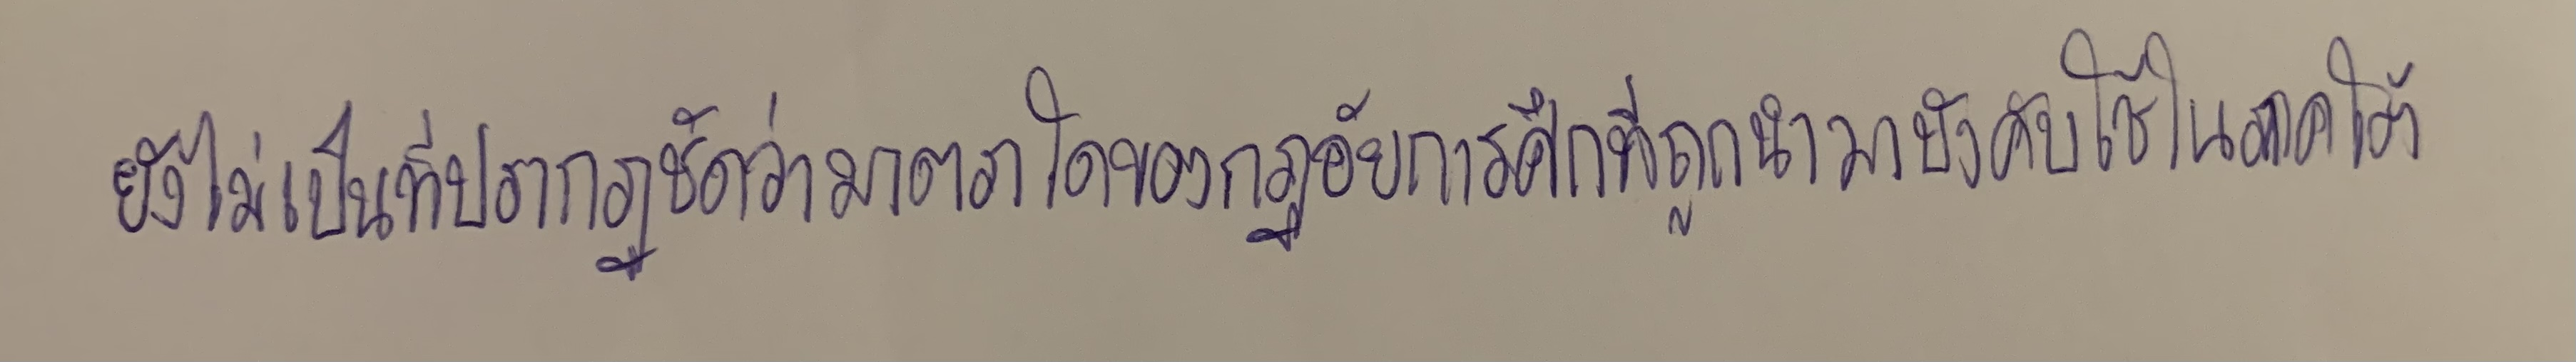
ยังไม่เป็นที่ปรากฏชัดว่ามาตราใดของกฏอัยการศึกที่ถูกนำมาบังคับใช้ในภาคใต้